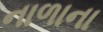
નાળાના